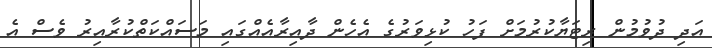
އަދި ދުވުމުން ރިޓަޔާކުރުމަށް ފަހު ކުޅިވަރުގެ އެހެން ދާއިރާއެއްގައި މަސައްކަތްކުރާއިރު ވެސް އެ